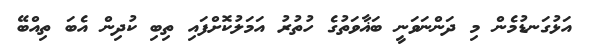
އަޅުގަނޑުމެން މި ދަންނަވަނީ ބަޣާވަތުގެ ހުތުރު އަމަލުކޮށްފައި ތިބި ކުދިން އެބަ ތިއްބޭ